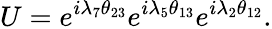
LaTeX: U=e^{i\lambda_{7}\theta_{23}}e^{i\lambda_{5}\theta_{13}}e^{i\lambda_{2}\theta_{12}}.